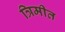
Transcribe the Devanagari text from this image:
त्रिमीत